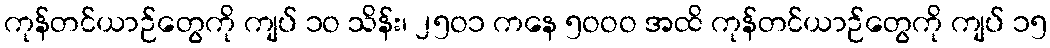
ကုန်တင်ယာဉ်တွေကို ကျပ် ၁ဝ သိန်း၊ ၂၅ဝ၁ ကနေ ၅ဝဝဝ အထိ ကုန်တင်ယာဉ်တွေကို ကျပ် ၁၅